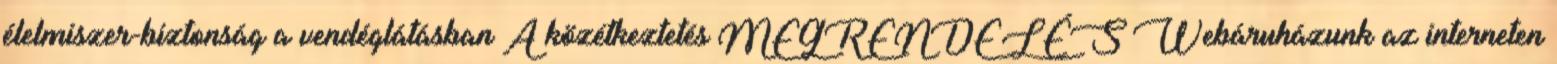
élelmiszer-biztonság a vendéglátásban A közétkeztetés MEGRENDELÉS Webáruházunk az interneten